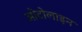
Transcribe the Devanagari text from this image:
ओटोलाइन